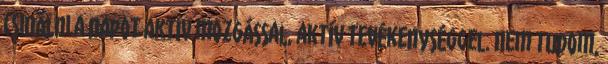
csinálni a napot aktív mozgással, aktív tevékenységgel. Nem tudom,